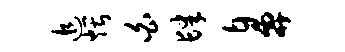
追煨白肆鼻